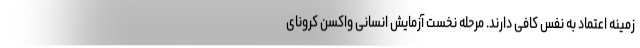
زمینه اعتماد به نفس کافی دارند. مرحله نخست آزمایش انسانی واکسن کرونای